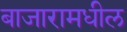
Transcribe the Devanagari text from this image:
बाजारामधील